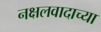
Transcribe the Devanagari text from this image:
नक्षलवादाच्या